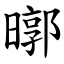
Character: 㬑